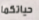
حياتكما